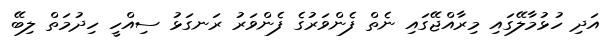
އަދި ހުޅުމާލޭގައި މިރާއްޖޭގައި ނެތް ފެންވަރުގެ ފެންވަރު ރަނގަޅު ސިއްހީ ހިދުމަތް ލިބޭ